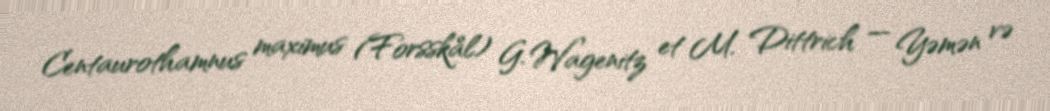
Centaurothamnus maximus (Forsskål) G. Wagenitz et M. Dittrich — Yəmən və